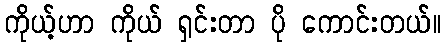
ကိုယ့်ဟာ ကိုယ် ရှင်းတာ ပို ကောင်းတယ်။